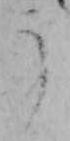
う